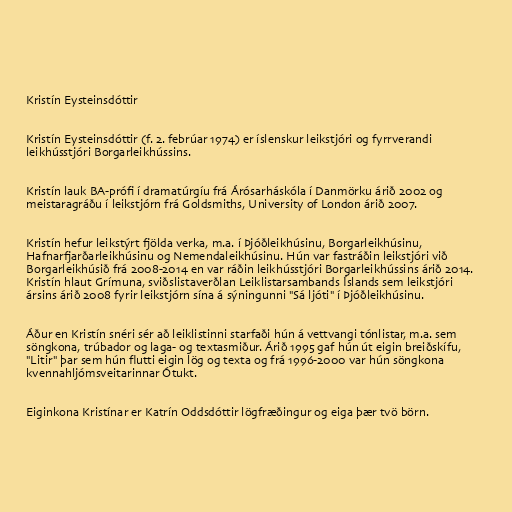
Kristín Eysteinsdóttir

Kristín Eysteinsdóttir (f. 2. febrúar 1974) er íslenskur leikstjóri og fyrrverandi
leikhússtjóri Borgarleikhússins.

Kristín lauk BA-prófi í dramatúrgíu frá Árósarháskóla í Danmörku árið 2002 og
meistaragráðu í leikstjórn frá Goldsmiths, University of London árið 2007.

Kristín hefur leikstýrt fjölda verka, m.a. í Þjóðleikhúsinu, Borgarleikhúsinu,
Hafnarfjarðarleikhúsinu og Nemendaleikhúsinu. Hún var fastráðin leikstjóri við
Borgarleikhúsið frá 2008-2014 en var ráðin leikhússtjóri Borgarleikhússins árið 2014.
Kristín hlaut Grímuna, sviðslistaverðlan Leiklistarsambands Íslands sem leikstjóri
ársins árið 2008 fyrir leikstjórn sína á sýningunni "Sá ljóti" í Þjóðleikhúsinu.

Áður en Kristín snéri sér að leiklistinni starfaði hún á vettvangi tónlistar, m.a. sem
söngkona, trúbador og laga- og textasmiður. Árið 1995 gaf hún út eigin breiðskífu,
"Litir" þar sem hún flutti eigin lög og texta og frá 1996-2000 var hún söngkona
kvennahljómsveitarinnar Ótukt.

Eiginkona Kristínar er Katrín Oddsdóttir lögfræðingur og eiga þær tvö börn.